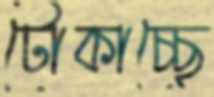
টোকাচ্ছে